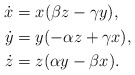
\begin{align*}\begin{aligned}\dot{x} &= x(\beta z-\gamma y), \\\dot{y} &= y(-\alpha z+\gamma x), \\\dot{z} &= z(\alpha y-\beta x).\end{aligned}\end{align*}